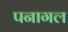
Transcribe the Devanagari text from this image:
पनागल